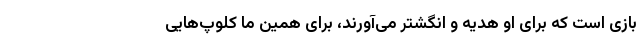
بازی است که برای او هدیه و انگشتر می‌آورند، برای همین ما کلوپ‌هایی